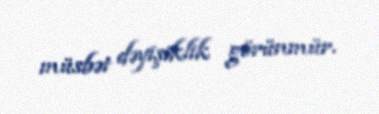
müsbət dəyişiklik görünmür.